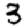
Digit: 3